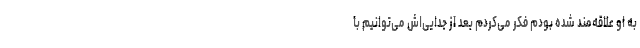
به او علاقه‌مند شده بودم فکر می‌کردم بعد از جدایی‌اش می‌توانیم با